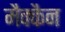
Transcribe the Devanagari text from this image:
मैक्कैन